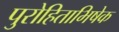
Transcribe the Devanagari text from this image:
पुरोहिताभिषेक